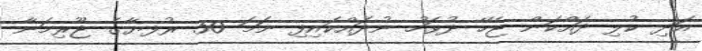
އަދި ކުލި ދައްކަން ޖެހޭ ދުވަހު ނުދައްކައިފި ނަމަ 50 ރުފޔާގެ ޖޫރިމަނާ